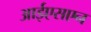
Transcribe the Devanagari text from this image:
आईएसएन